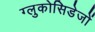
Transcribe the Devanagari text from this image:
ग्लुकोसिडेजों